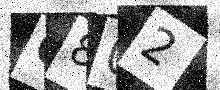
Text: C802